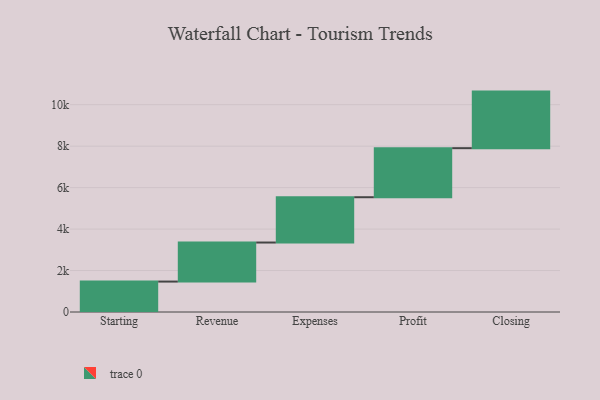
{"axis": {"x": "Step", "y": "Value"}, "legend": [""], "data": [{"x": "Starting", "y": 1468.0, "type": ""}, {"x": "Revenue", "y": 1883.0, "type": ""}, {"x": "Expenses", "y": 2186.0, "type": ""}, {"x": "Profit", "y": 2366.0, "type": ""}, {"x": "Closing", "y": 2729.0, "type": ""}]}